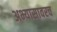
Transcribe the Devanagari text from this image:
अभ्यासावरच